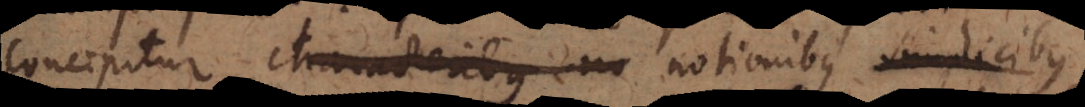
concipitur notionibus